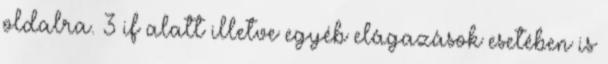
oldalra. 3 if alatt illetve egyéb elágazások esetében is